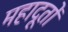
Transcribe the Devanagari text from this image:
महादूतों